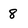
Character: 8